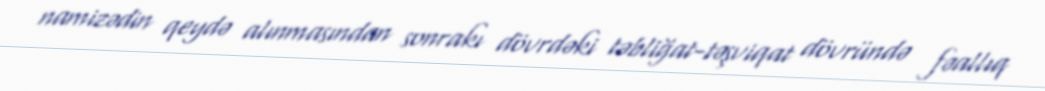
namizədin qeydə alınmasından sonrakı dövrdəki təbliğat-təşviqat dövründə fəallıq